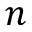
n